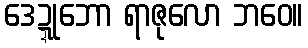
ဒေဍ္ဍုဘော ရာဇုလော ဘဝေ။